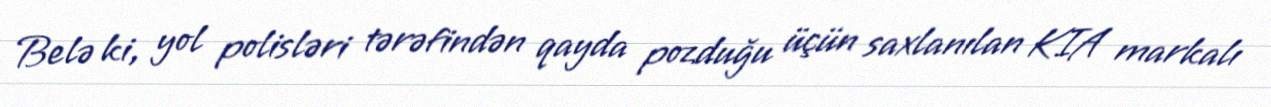
Belə ki, yol polisləri tərəfindən qayda pozduğu üçün saxlanılan KIA markalı